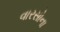
વારસોના